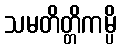
သမတိတ္တိကမ္ပိ